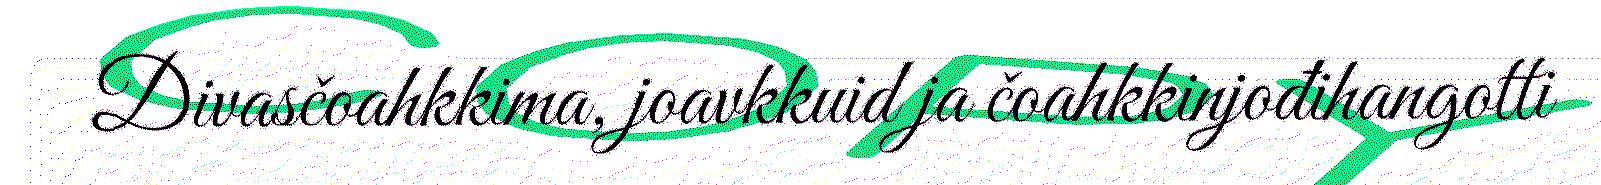
Divasčoahkkima, joavkkuid ja čoahkkinjođihangotti